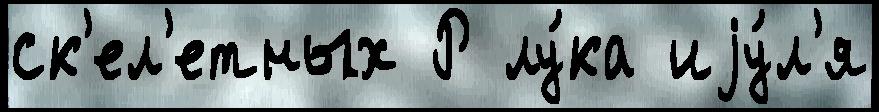
ск'ел'етных Р лу́ка иjу́л'я